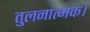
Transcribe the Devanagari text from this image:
तुलनात्मक।